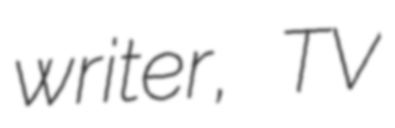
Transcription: writer, TV